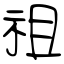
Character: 祖